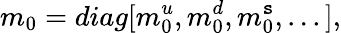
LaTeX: m_{0}=diag[m_{0}^{u},m_{0}^{d},m_{0}^{\mathtt{s}},...],